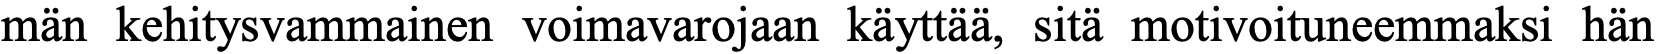
män kehitysvammainen voimavarojaan käyttää, sitä motivoituneemmaksi hän